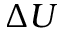
\Delta U